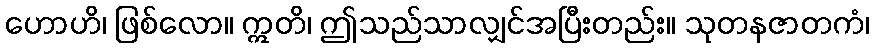
ဟောဟိ၊ ဖြစ်လော။ ဣတိ၊ ဤသည်သာလျှင်အပြီးတည်း။ သုတနဇာတကံ၊